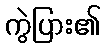
ကွဲပြား၏